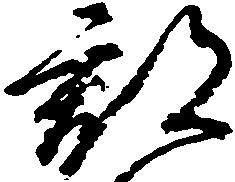
郡